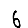
Digit: 6